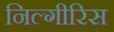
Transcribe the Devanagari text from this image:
निल्गीरिस